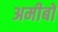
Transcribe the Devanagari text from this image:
अमीबों